Report of the Indian Hemp Drugs Commission, 1894-1895 - Volume I
Year: 1894
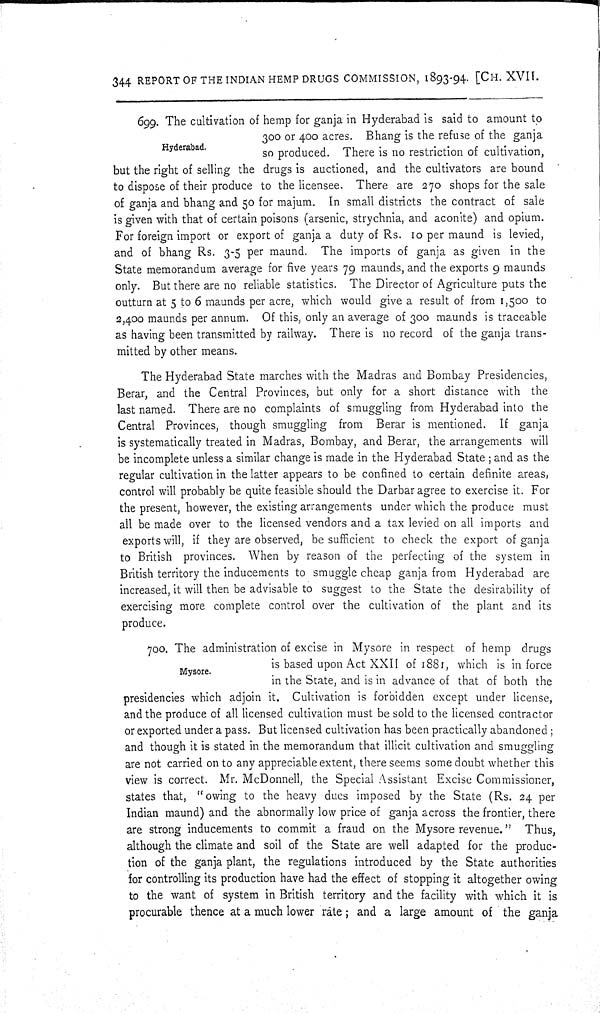
344 REPORT OF THE INDIAN HEMP DRUGS COMMISSION, 1893-94. [CH. XVII.
Hyderabad.
699. The cultivation of hemp for ganja in Hyderabad is said to amount to
300 or 400 acres. Bhang is the refuse of the ganja
so produced. There is no restriction of cultivation,
but the right of selling the drugs is auctioned, and the cultivators are bound
to dispose of their produce to the licensee. There are 270 shops for the sale
of ganja and bhang and 50 for majum. In small districts the contract of sale
is given with that of certain poisons (arsenic, strychnia, and aconite) and opium.
For foreign import or export of ganja a duty of Rs. 10 per maund is levied,
and of bhang Rs. 3-5 per maund. The imports of ganja as given in the
State memorandum average for five years 79 maunds, and the exports 9 maunds
only. But there are no reliable statistics. The Director of Agriculture puts the
outturn at 5 to 6 maunds per acre, which would give a result of from 1,500 to
2,400 maunds per annum. Of this, only an average of 300 maunds is traceable
as having been transmitted by railway. There is no record of the ganja trans-
mitted by other means.
The Hyderabad State marches with the Madras and Bombay Presidencies,
Berar, and the Central Provinces, but only for a short distance with the
last named. There are no complaints of smuggling from Hyderabad into the
Central Provinces, though smuggling from Berar is mentioned. If ganja
is systematically treated in Madras, Bombay, and Berar, the arrangements will
be incomplete unless a similar change is made in the Hyderabad State; and as the
regular cultivation in the latter appears to be confined to certain definite areas,
control will probably be quite feasible should the Darbar agree to exercise it. For
the present, however, the existing arrangements under which the produce must
all be made over to the licensed vendors and a tax levied on all imports and
exports will, if they are observed, be sufficient to check the export of ganja
to British provinces. When by reason of the perfecting of the system in
British territory the inducements to smuggle cheap ganja from Hyderabad are
increased, it will then be advisable to suggest to the State the desirability of
exercising more complete control over the cultivation of the plant and its
produce.
Mysore.
700. The administration of excise in Mysore in respect of hemp drugs
is based upon Act XXII of 1881, which is in force
in the State, and is in advance of that of both the
presidencies which adjoin it. Cultivation is forbidden except under license,
and the produce of all licensed cultivation must be sold to the licensed contractor
or exported under a pass. But licensed cultivation has been practically abandoned;
and though it is stated in the memorandum that illicit cultivation and smuggling
are not carried on to any appreciable extent, there seems some doubt whether this
view is correct. Mr. McDonnell, the Special Assistant Excise Commissioner,
states that, "owing to the heavy dues imposed by the State (Rs. 24 per
Indian maund) and the abnormally low price of ganja across the frontier, there
are strong inducements to commit a fraud on the Mysore revenue." Thus,
although the climate and soil of the State are well adapted for the produc-
tion of the ganja plant, the regulations introduced by the State authorities
for controlling its production have had the effect of stopping it altogether owing
to the want of system in British territory and the facility with which it is
procurable thence at a much lower rate; and a large amount of the ganja